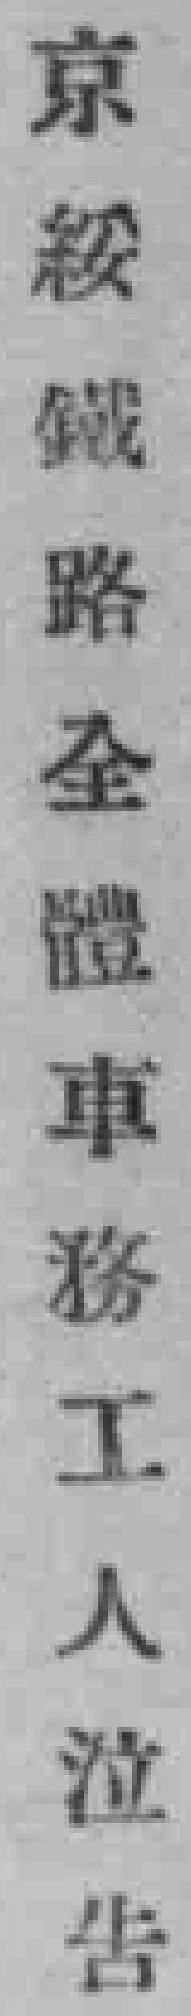
京䅑鐵路全體車務工人泣告